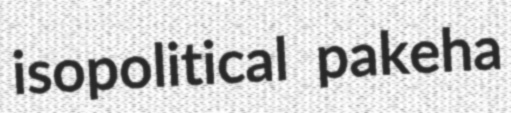
isopolitical pakeha